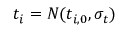
t _ { i } = N ( t _ { i , 0 } , \sigma _ { t } )